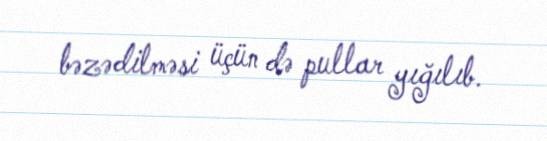
bəzədilməsi üçün də pullar yığılıb.